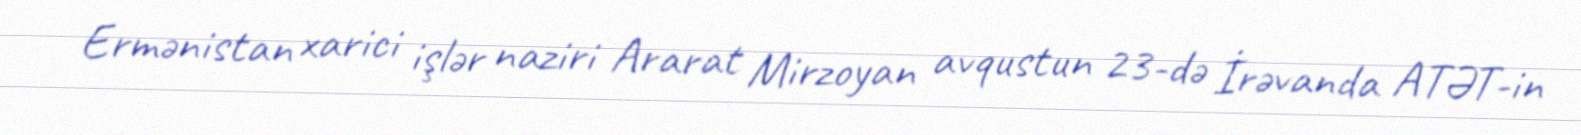
Ermənistan xarici işlər naziri Ararat Mirzoyan avqustun 23-də İrəvanda ATƏT-in